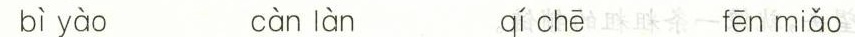
bì yào cànlàn qí chē fēn miǎo